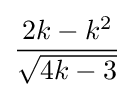
{\frac {2k-k^{2}}{\sqrt {4k-3}}}